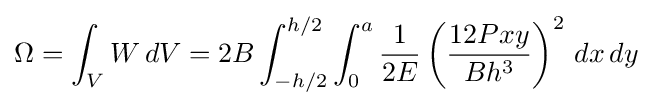
\Omega =\int _{V}W\,dV=2B\int _{-h/2}^{h/2}\int _{0}^{a}{\frac {1}{2E}}\left({\frac {12Pxy}{Bh^{3}}}\right)^{2}\,dx\,dy